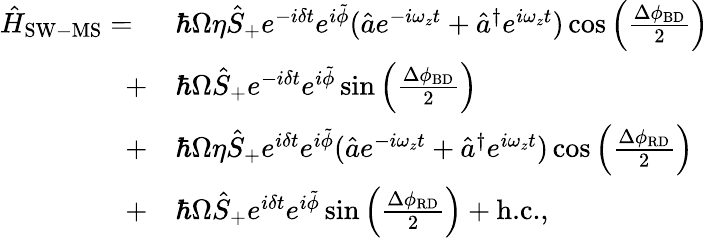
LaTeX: \begin{array}{rl}{\hat{H}_{\mathrm{SW-MS}}=\ }&{\hbar\Omega\eta\hat{S}_{+}e^{-i\delta t}e^{i\tilde{\phi}}(\hat{a}e^{-i\omega_{z}t}+\hat{a}^{\dagger}e^{i\omega_{z}t})\cos{\left(\frac{\Delta\phi_{\mathrm{BD}}}{2}\right)}}\\ {+}&{\hbar\Omega\hat{S}_{+}e^{-i\delta t}e^{i\tilde{\phi}}\sin{\left(\frac{\Delta\phi_{\mathrm{BD}}}{2}\right)}}\\ {+}&{\hbar\Omega\eta\hat{S}_{+}e^{i\delta t}e^{i\tilde{\phi}}(\hat{a}e^{-i\omega_{z}t}+\hat{a}^{\dagger}e^{i\omega_{z}t})\cos{\left(\frac{\Delta\phi_{\mathrm{RD}}}{2}\right)}}\\ {+}&{\hbar\Omega\hat{S}_{+}e^{i\delta t}e^{i\tilde{\phi}}\sin{\left(\frac{\Delta\phi_{\mathrm{RD}}}{2}\right)+\textrm{h.c.},}}\end{array}